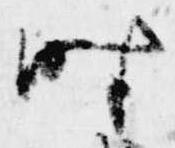
時